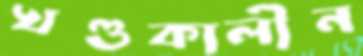
খণ্ডকালীন